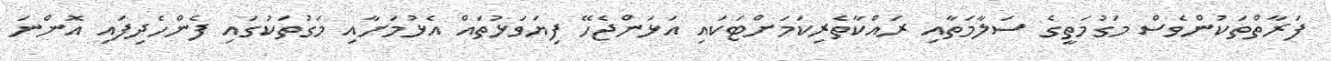
ފަރާތްތަކުންވެސް މަގުމަތީގެ ސަލާމަތާއި ރައްކާތެރިކަމަށްޓަކައި އަޅަންޖެހޭ ފިޔަވަޅުތައް އެޅުމަށާއި މަގުތަކުގައި ފެންހެދިފައި އޮންނަ